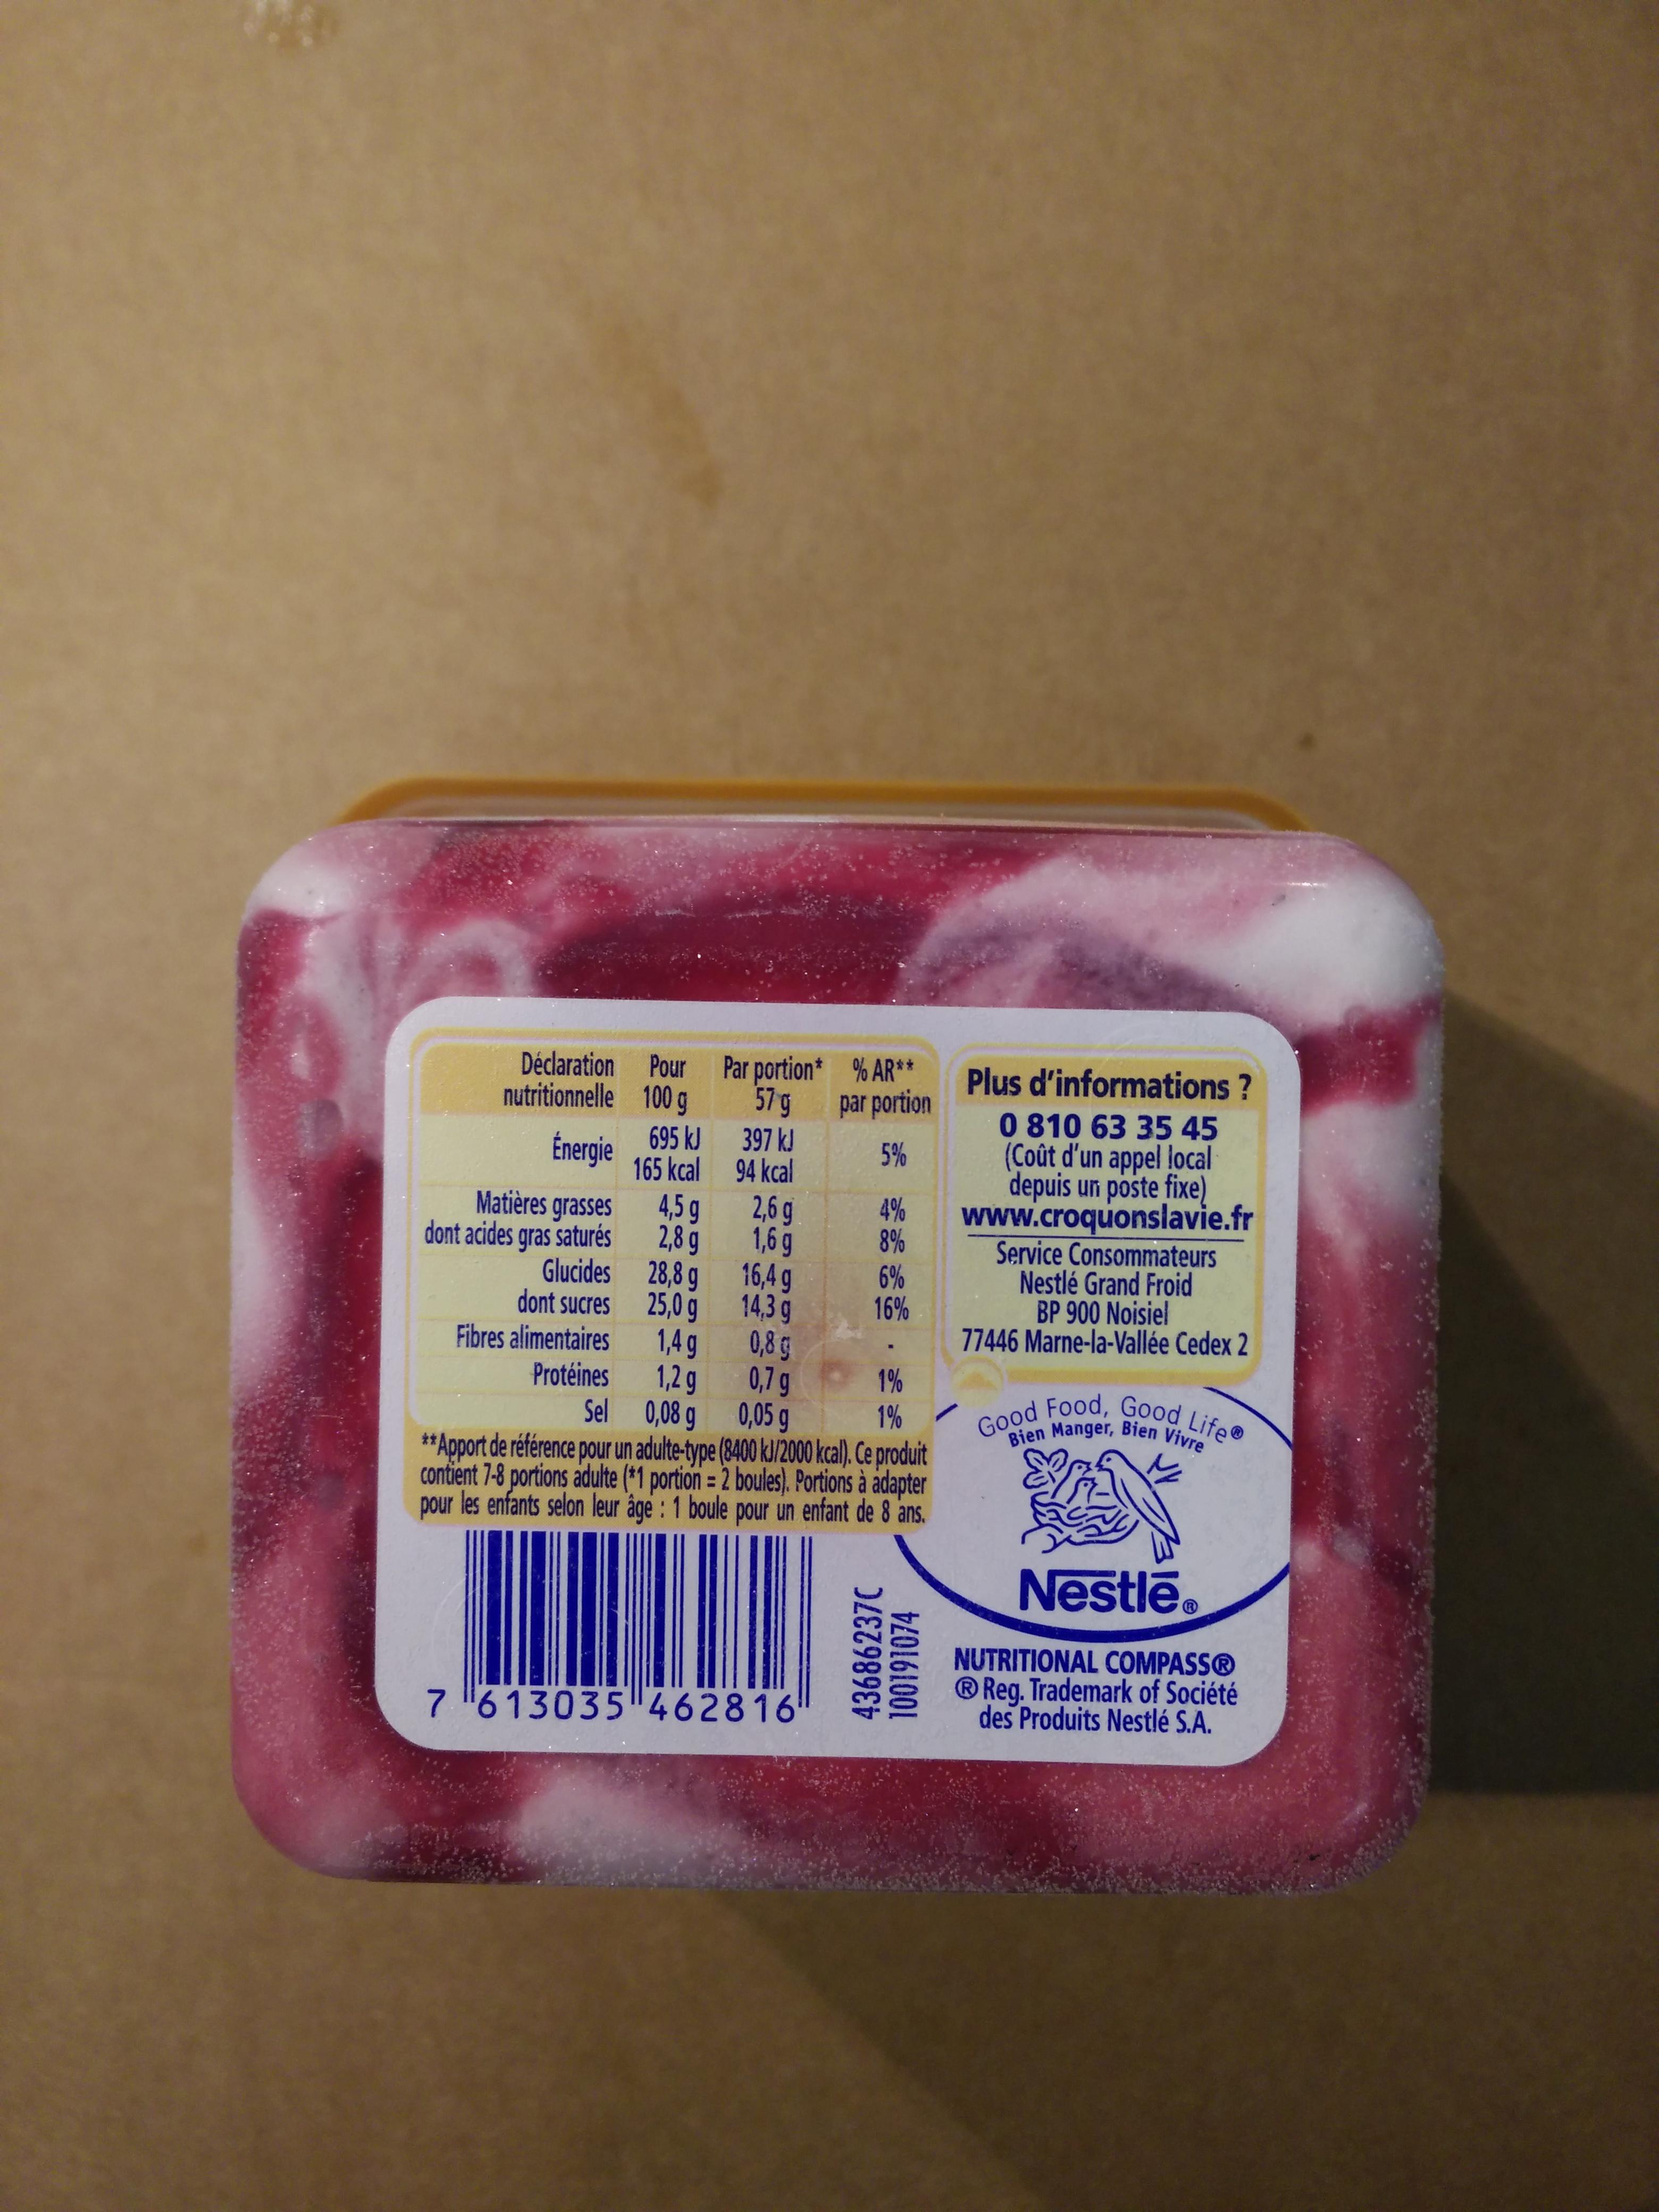
Déclaration Pour
100 g
nutritionnelle
Énergie
Matières grasses
dont acides gras saturés
Glucides
dont sucres
Fibres alimentaires
Protéines
695 kJ
165 kcal
4,5 g
2,8 g
28,8 g
25,0 g
1,4 g
1,2 g
0,08 g
Par portion* 57 g 397 kJ
94 kcal
2,6 g
1,6 g
16,4 g
14,3 g
0,8 g
0,7 g
% AR** par portion
5%
7 613035 462816
4%
8%
6%
16%
1%
Sel
0,05 g
1%
** Apport de référence pour un adulte-type (8400 kJ/2000 kcal). Ce produit
contient 7-8 portions adulte (*1 portion = 2 boules). Portions à adapter pour les enfants selon leur âge : 1 boule pour un enfant de 8 ans.
43686237C
100191074
Plus d'informations ?
0 810 63 35 45 (Coût d'un appel local depuis un poste fixe)
www.croquonslavie.fr
Service Consommateurs
Nestlé Grand Froid
BP 900 Noisiel
77446 Marne-la-Vallée Cedex 2
Good Food, Good Life Bien Manger, Bien Vivre
Nestlé®
NUTRITIONAL COMPASSⓇ Reg. Trademark of Société des Produits Nestlé S.A.